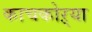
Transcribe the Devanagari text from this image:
काचकोऱ्या